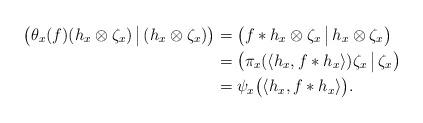
LaTeX: \begin{align*}\big(\theta_x(f)(h_x\otimes \zeta_x) \,\big|\,(h_x\otimes \zeta_x)\big)&=\big(f*h_x\otimes \zeta_x \,\big|\,h_x\otimes \zeta_x\big)\\&=\big(\pi_x(\langle h_x,f*h_x\rangle) \zeta_x \,\big|\,\zeta_x\big)\\&=\psi_x\big(\langle h_x,f*h_x\rangle\big).\end{align*}